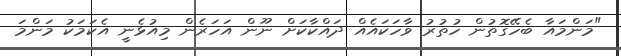
"މަންމައާ ބެހޭގޮތުން ހުތުރު ވާހަކައެއް ދައްކާކަށް ނޫން އަހަރެން މިއުޅެނީ އެކަމަކު މަންމަ